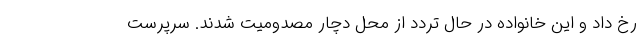
رخ داد و این خانواده در حال تردد از محل دچار مصدومیت شدند. سرپرست